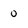
Character: 0